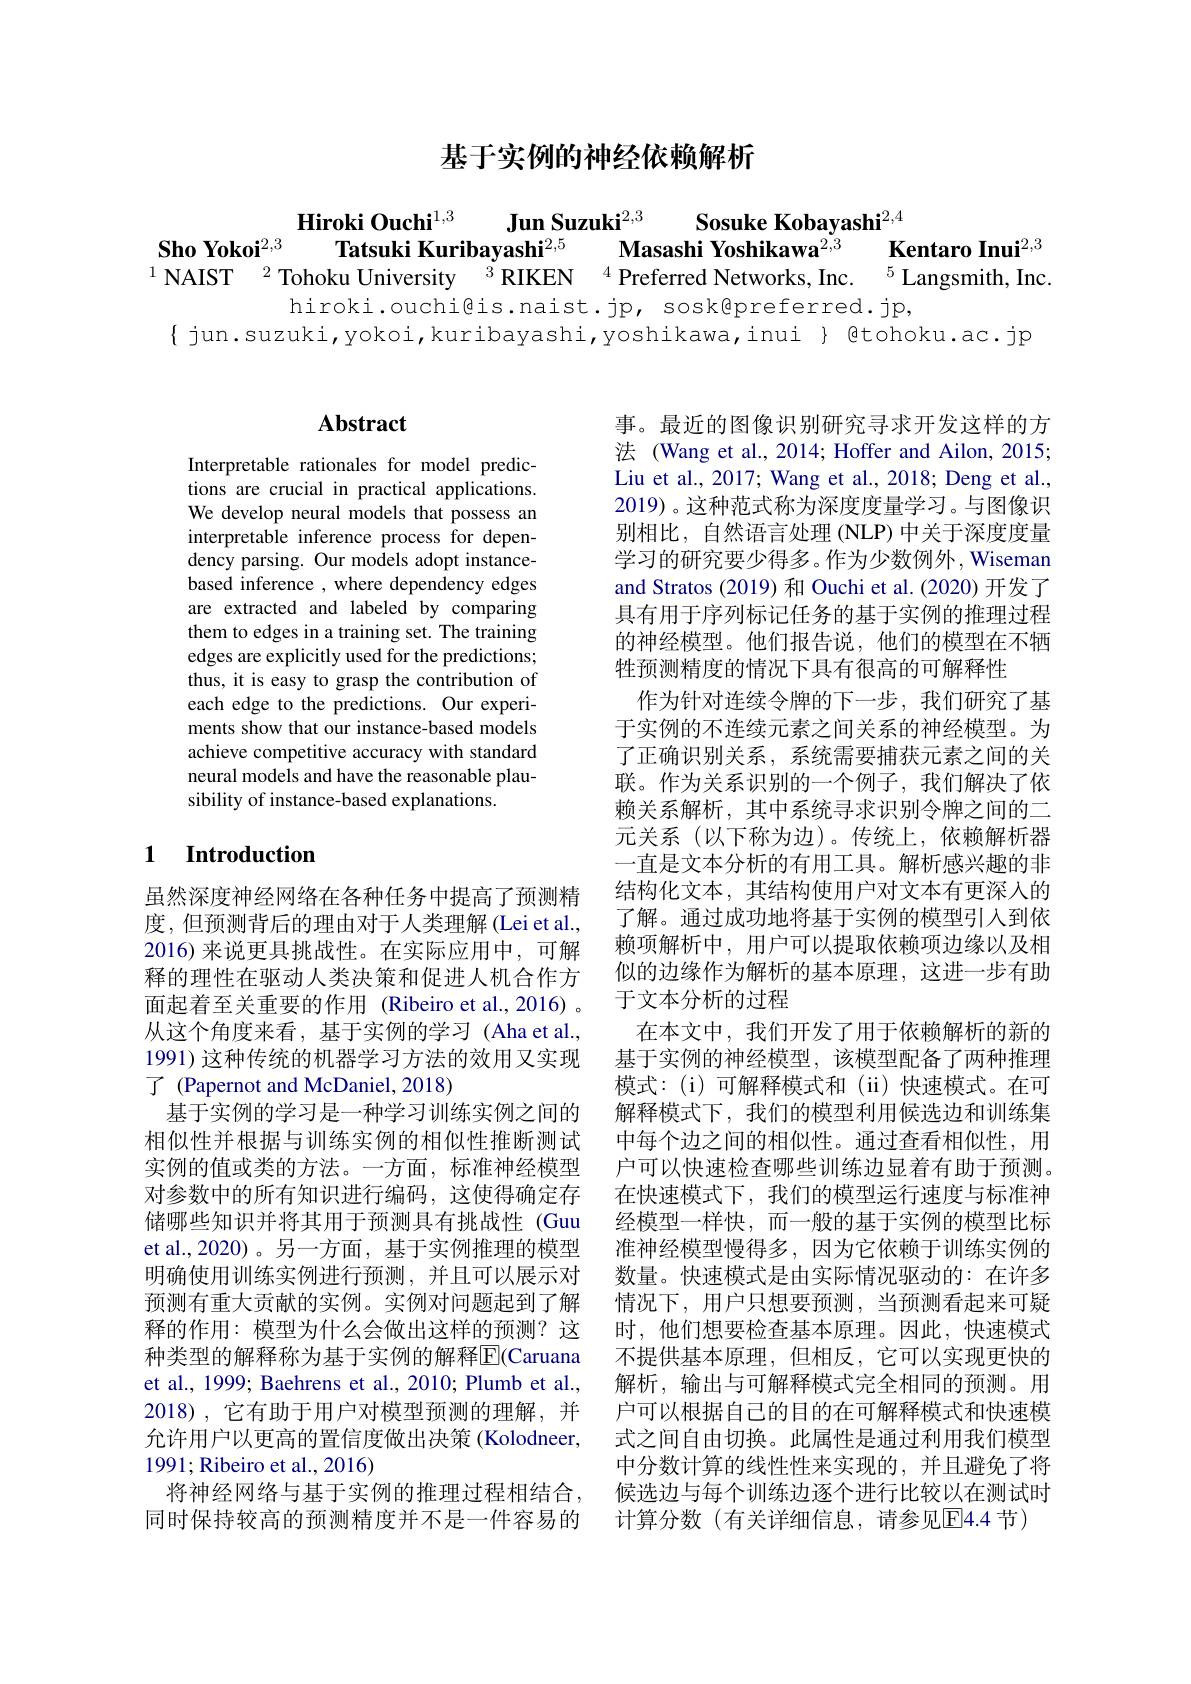
## 基于实例的神经依赖解析

Hiroki Ouchi$^{1,3}$ Jun Suzuki$^{2,3}$ Sosuke Kobayashi$^{2,4}$
$\begin{array}{cc}\textbf{Sho Yokoi}^{2,3}&\textbf{Tatsuki Kuribayashi}^{2,5}&\textbf{Masashi Yoshikawa}^{2,3}&\textbf{Kentaro Inui}^{2,3}\\\text{NAIST }^2\text{Tohoku University }^3\text{RIKEN}&^4\text{Preferred Networks, Inc.}&^5\text{Langsmith, Inc.}\end{array}$

hiroki.ouchi@is.naist.jp, sosk@preferred.jp,
$\{$ jun.suzuki,yokoi,kuribayashi,yoshikawa,inui $\}$ @tohoku.ac.jp

### $\mathbf{Abstract}$

Interpretable rationales for model predictions are crucial in practical applications. We develop neural models that possess an interpretable inference process for dependency parsing. Our models adopt instancebased inference , where dependency edges are extracted and labeled by comparing them to edges in a training set. The training edges are explicitly used for the predictions; thus, it is easy to grasp the contribution of each edge to the predictions. Our experiments show that our instance-based models achieve competitive accuracy with standard neural models and have the reasonable plausibility of instance-based explanations.

### $\textbf{1}$ $\textbf{Introduction}$

1991) 这种传统的机器学习方法的效用又实现
了 (Papernot and McDaniel, 2018)

虽然深度神经网络在各种任务中提高了预测精度，但预测背后的理由对于人类理解(Lei et al., 2016) 来说更具挑战性。在实际应用中，可解释的理性在驱动人类决策和促进人机合作方面起着至关重要的作用 (Ribeiro et al.,2016) 。从这个角度来看，基于实例的学习(Aha et al., 基于实例的学习是一种学习训练实例之间的
相似性并根据与训练实例的相似性推断测试实例的值或类的方法。一方面，标准神经模型对参数中的所有知识进行编码，这使得确定存储哪些知识并将其用于预测具有挑战性 (Guu et al.,2020)。另一方面，基于实例推理的模型明确使用训练实例进行预测，并且可以展示对预测有重大贡献的实例。实例对问题起到了解释的作用：模型为什么会做出这样的预测？这种类型的解释称为基于实例的解释$\overline{\mathrm{E}}($Caruana et al., 1999; Baehrens et al., 2010; Plumb et al., 2018),它有助于用户对模型预测的理解，并允许用户以更高的置信度做出决策 (Kolodneer, 1991;Ribeiro et al., 2016)
将神经网络与基于实例的推理过程相结合， 同时保持较高的预测精度并不是一件容易的

事。最近的图像识别研究寻求开发这样的方法 (Wang et al., 2014; Hoffer and Ailon, 2015; Liu et al., 2017; Wang et al., 2018; Deng et al., 2019)。这种范式称为深度度量学习。与图像识别相比，自然语言处理 (NLP) 中关于深度度量学习的研究要少得多。作为少数例外，Wiseman and Stratos (2019) 和 Ouchi et al. (2020) 开发了具有用于序列标记任务的基于实例的推理过程的神经模型。他们报告说，他们的模型在不牺牲预测精度的情况下具有很高的可解释性
作为针对连续令牌的下一步，我们研究了基于实例的不连续元素之间关系的神经模型。为了正确识别关系，系统需要捕获元素之间的关联。作为关系识别的一个例子，我们解决了依赖关系解析，其中系统寻求识别令牌之间的二元关系(以下称为边)。传统上，依赖解析器一直是文本分析的有用工具。解析感兴趣的非结构化文本，其结构使用户对文本有更深入的了解。通过成功地将基于实例的模型引入到依赖项解析中，用户可以提取依赖项边缘以及相似的边缘作为解析的基本原理，这进一步有助于文本分析的过程
在本文中，我们开发了用于依赖解析的新的基于实例的神经模型，该模型配备了两种推理模式：(i)可解释模式和(ii)快速模式。在可解释模式下，我们的模型利用候选边和训练集中每个边之间的相似性。通过查看相似性，用户可以快速检查哪些训练边显着有助于预测。在快速模式下，我们的模型运行速度与标准神经模型一样快，而一般的基于实例的模型比标准神经模型慢得多，因为它依赖于训练实例的数量。快速模式是由实际情况驱动的：在许多情况下，用户只想要预测，当预测看起来可疑时，他们想要检查基本原理。因此，快速模式不提供基本原理，但相反，它可以实现更快的解析，输出与可解释模式完全相同的预测。用户可以根据自己的目的在可解释模式和快速模式之间自由切换。此属性是通过利用我们模型中分数计算的线性性来实现的，并且避免了将候选边与每个训练边逐个进行比较以在测试时计算分数(有关详细信息，请参见回4.4 节)